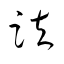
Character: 趺